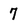
Character: 7